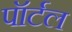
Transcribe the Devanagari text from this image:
पॉर्टल